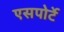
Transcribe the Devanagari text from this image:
एसपोर्टे